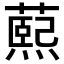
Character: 𬞭